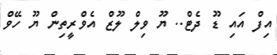
އިފް އައި ޑޫ ދެޓް.. ޔޫ ވިލް ލޫޒް އެވްރީތިން ޔޫ ހޭވް